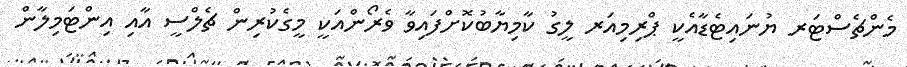
މެންޗެސްޓަރ ޔުނައިޓެޑާއެކީ ޕްރިމިއަރ ލީގު ކާމިޔާބުކޮށްފައިވާ ވެރޯންއަކީ މީގެކުރިން ޗެލްސީ އާއި އިންޓަމިލާން